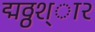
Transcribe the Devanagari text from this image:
द्मठ्ठश्ा२